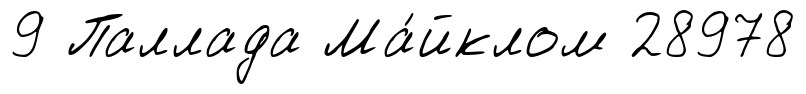
9 Паллада Ма́йклом 28978